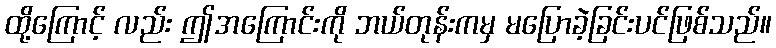
ထို့ကြောင့် လည်း ဤအကြောင်းကို ဘယ်တုန်းကမှ မပြောခဲ့ခြင်းပင်ဖြစ်သည်။